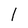
Character: I